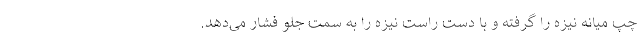
چپ میانه نیزه را گرفته و با دست راست نیزه را به سمت جلو فشار می‌دهد.